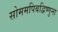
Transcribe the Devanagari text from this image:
सोममपिबद्विष्णुना